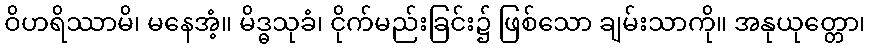
ဝိဟရိဿာမိ၊ မနေအံ့။ မိဒ္ဓသုခံ၊ ငိုက်မည်းခြင်း၌ ဖြစ်သော ချမ်းသာကို။ အနုယုတ္တော၊